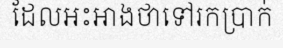
ដែលអះអាងថាទៅរកប្រាក់